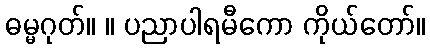
ဓမ္မဂုတ်။ ။ ပညာပါရမီကော ကိုယ်တော်။